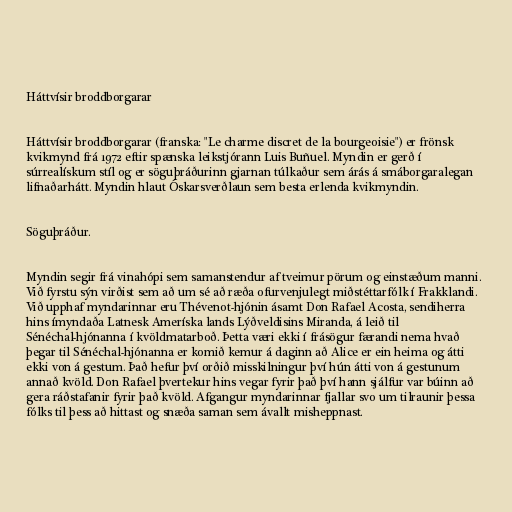
Háttvísir broddborgarar

Háttvísir broddborgarar (franska: "Le charme discret de la bourgeoisie") er frönsk
kvikmynd frá 1972 eftir spænska leikstjórann Luis Buñuel. Myndin er gerð í
súrrealískum stíl og er söguþráðurinn gjarnan túlkaður sem árás á smáborgaralegan
lifnaðarhátt. Myndin hlaut Óskarsverðlaun sem besta erlenda kvikmyndin.

Söguþráður.

Myndin segir frá vinahópi sem samanstendur af tveimur pörum og einstæðum manni.
Við fyrstu sýn virðist sem að um sé að ræða ofurvenjulegt miðstéttarfólk í Frakklandi.
Við upphaf myndarinnar eru Thévenot-hjónin ásamt Don Rafael Acosta, sendiherra
hins ímyndaða Latnesk Ameríska lands Lýðveldisins Miranda, á leið til
Sénéchal-hjónanna í kvöldmatarboð. Þetta væri ekki í frásögur færandi nema hvað
þegar til Sénéchal-hjónanna er komið kemur á daginn að Alice er ein heima og átti
ekki von á gestum. Það hefur því orðið misskilningur því hún átti von á gestunum
annað kvöld. Don Rafael þvertekur hins vegar fyrir það því hann sjálfur var búinn að
gera ráðstafanir fyrir það kvöld. Afgangur myndarinnar fjallar svo um tilraunir þessa
fólks til þess að hittast og snæða saman sem ávallt misheppnast.